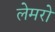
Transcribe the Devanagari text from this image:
लेमरो